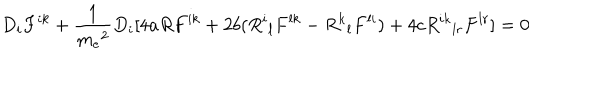
D _ { i } F ^ { i k } + \frac { 1 } { { m _ { e } } ^ { 2 } } D _ { i } [ 4 a R F ^ { i k } + 2 b ( { R ^ { i } } _ { l } F ^ { l k } - { R ^ { k } } _ { l } F ^ { l i } ) + 4 c { R ^ { i k } } _ { l r } F ^ { l r } ] = 0